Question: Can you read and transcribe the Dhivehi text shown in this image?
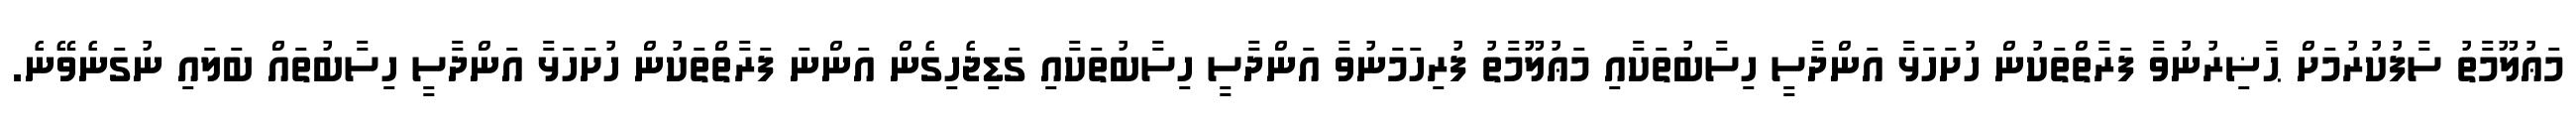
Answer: މަޢުލޫމާތު ސާފުކުރުމަށް ޙާޟިރުނުވާ ފަރާތްތަކުން ހުށަހަޅާ އަންދާސީ ހިސާބުތަކާއި މަޢުލޫމާތު ފުރިހަމަނުވާ އަންދާސީ ހިސާބުތަކާއި ގަޑިޖެހިގެން އަންނަ ފަރާތްތަކުން ހުށަހަޅާ އަންދާސީ ހިސާބުތައް ބަލައި ނުގަނެވޭނެ.